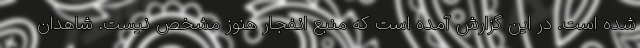
شده است. در این گزارش آمده است که منبع انفجار هنوز مشخص نیست. شاهدان